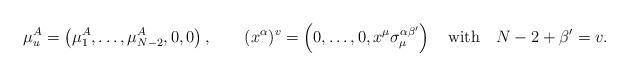
LaTeX: \begin{align*}\mu^A_u= \left( \mu^A_1 , \dots , \mu^A_{N - 2} , 0 , 0 \right) , \qquad(x^\alpha)^v= \left( 0 , \dots , 0 , x^\mu \sigma_\mu^{\alpha\beta'} \right)\quad\mbox{with}\quad N - 2 + \beta' = v .\end{align*}